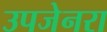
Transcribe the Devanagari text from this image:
उपजेनरा